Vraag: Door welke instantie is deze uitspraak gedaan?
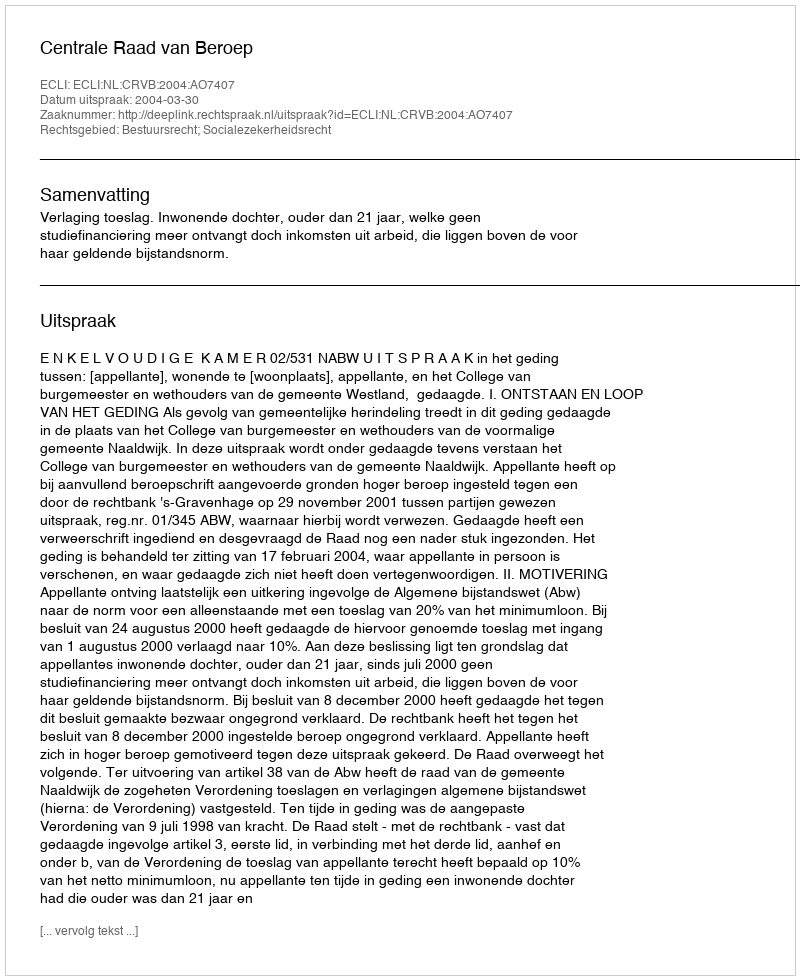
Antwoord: Centrale Raad van Beroep